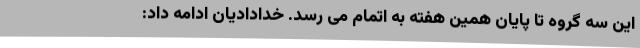
این سه گروه تا پایان همین هفته به اتمام می رسد. خدادادیان ادامه داد: